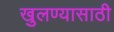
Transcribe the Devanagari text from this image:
खुलण्यासाठी